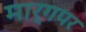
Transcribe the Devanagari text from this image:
मार्गपर